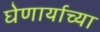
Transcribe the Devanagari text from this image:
घेणार्याच्या